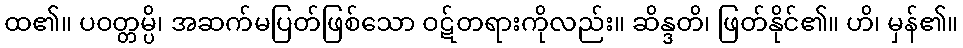
ထ၏။ ပဝတ္တမ္ပိ၊ အဆက်မပြတ်ဖြစ်သော ဝဋ်တရားကိုလည်း။ ဆိန္ဒတိ၊ ဖြတ်နိုင်၏။ ဟိ၊ မှန်၏။